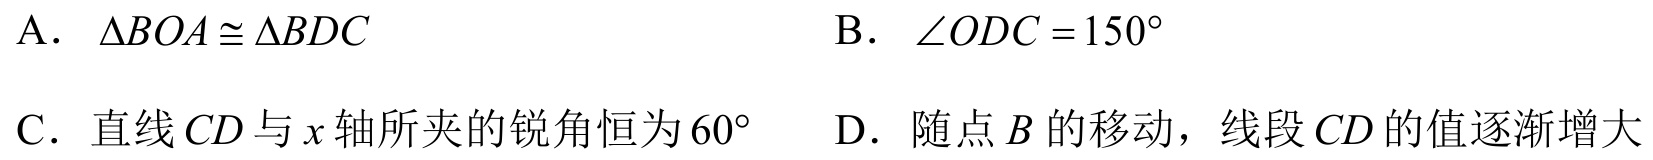
A. \(\triangle BOA\cong\triangle BDC\)  B. \(\angle ODC = 150^{\circ}\)
C. 直线 \(CD\) 与 \(x\) 轴所夹的锐角恒为 \(60^{\circ}\)  D. 随点 \(B\) 的移动，线段 \(CD\) 的值逐渐增大